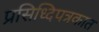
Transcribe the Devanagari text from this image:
प्रसिध्दिपत्रकात